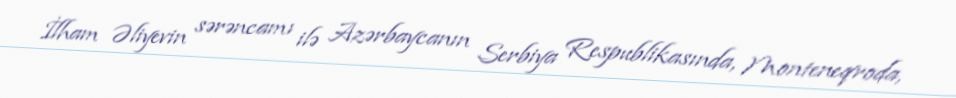
İlham Əliyevin sərəncamı ilə Azərbaycanın Serbiya Respublikasında, Monteneqroda,